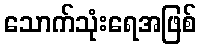
သောက်သုံးရေအဖြစ်